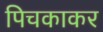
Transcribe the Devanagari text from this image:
पिचकाकर